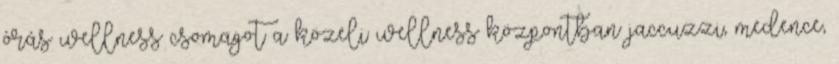
órás wellness csomagot a közeli wellness központban jaccuzzi, medence,